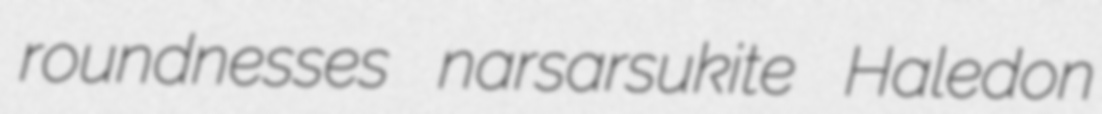
roundnesses narsarsukite Haledon